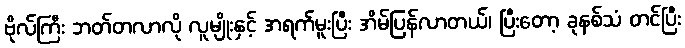
ဗိုလ်ကြီး ဘတ်တလာလို လူမျိုးနှင့် အရက်မူးပြီး အိမ်ပြန်လာတယ်၊ ပြီးတော့ ခုနစ်သံ တင်ပြီး